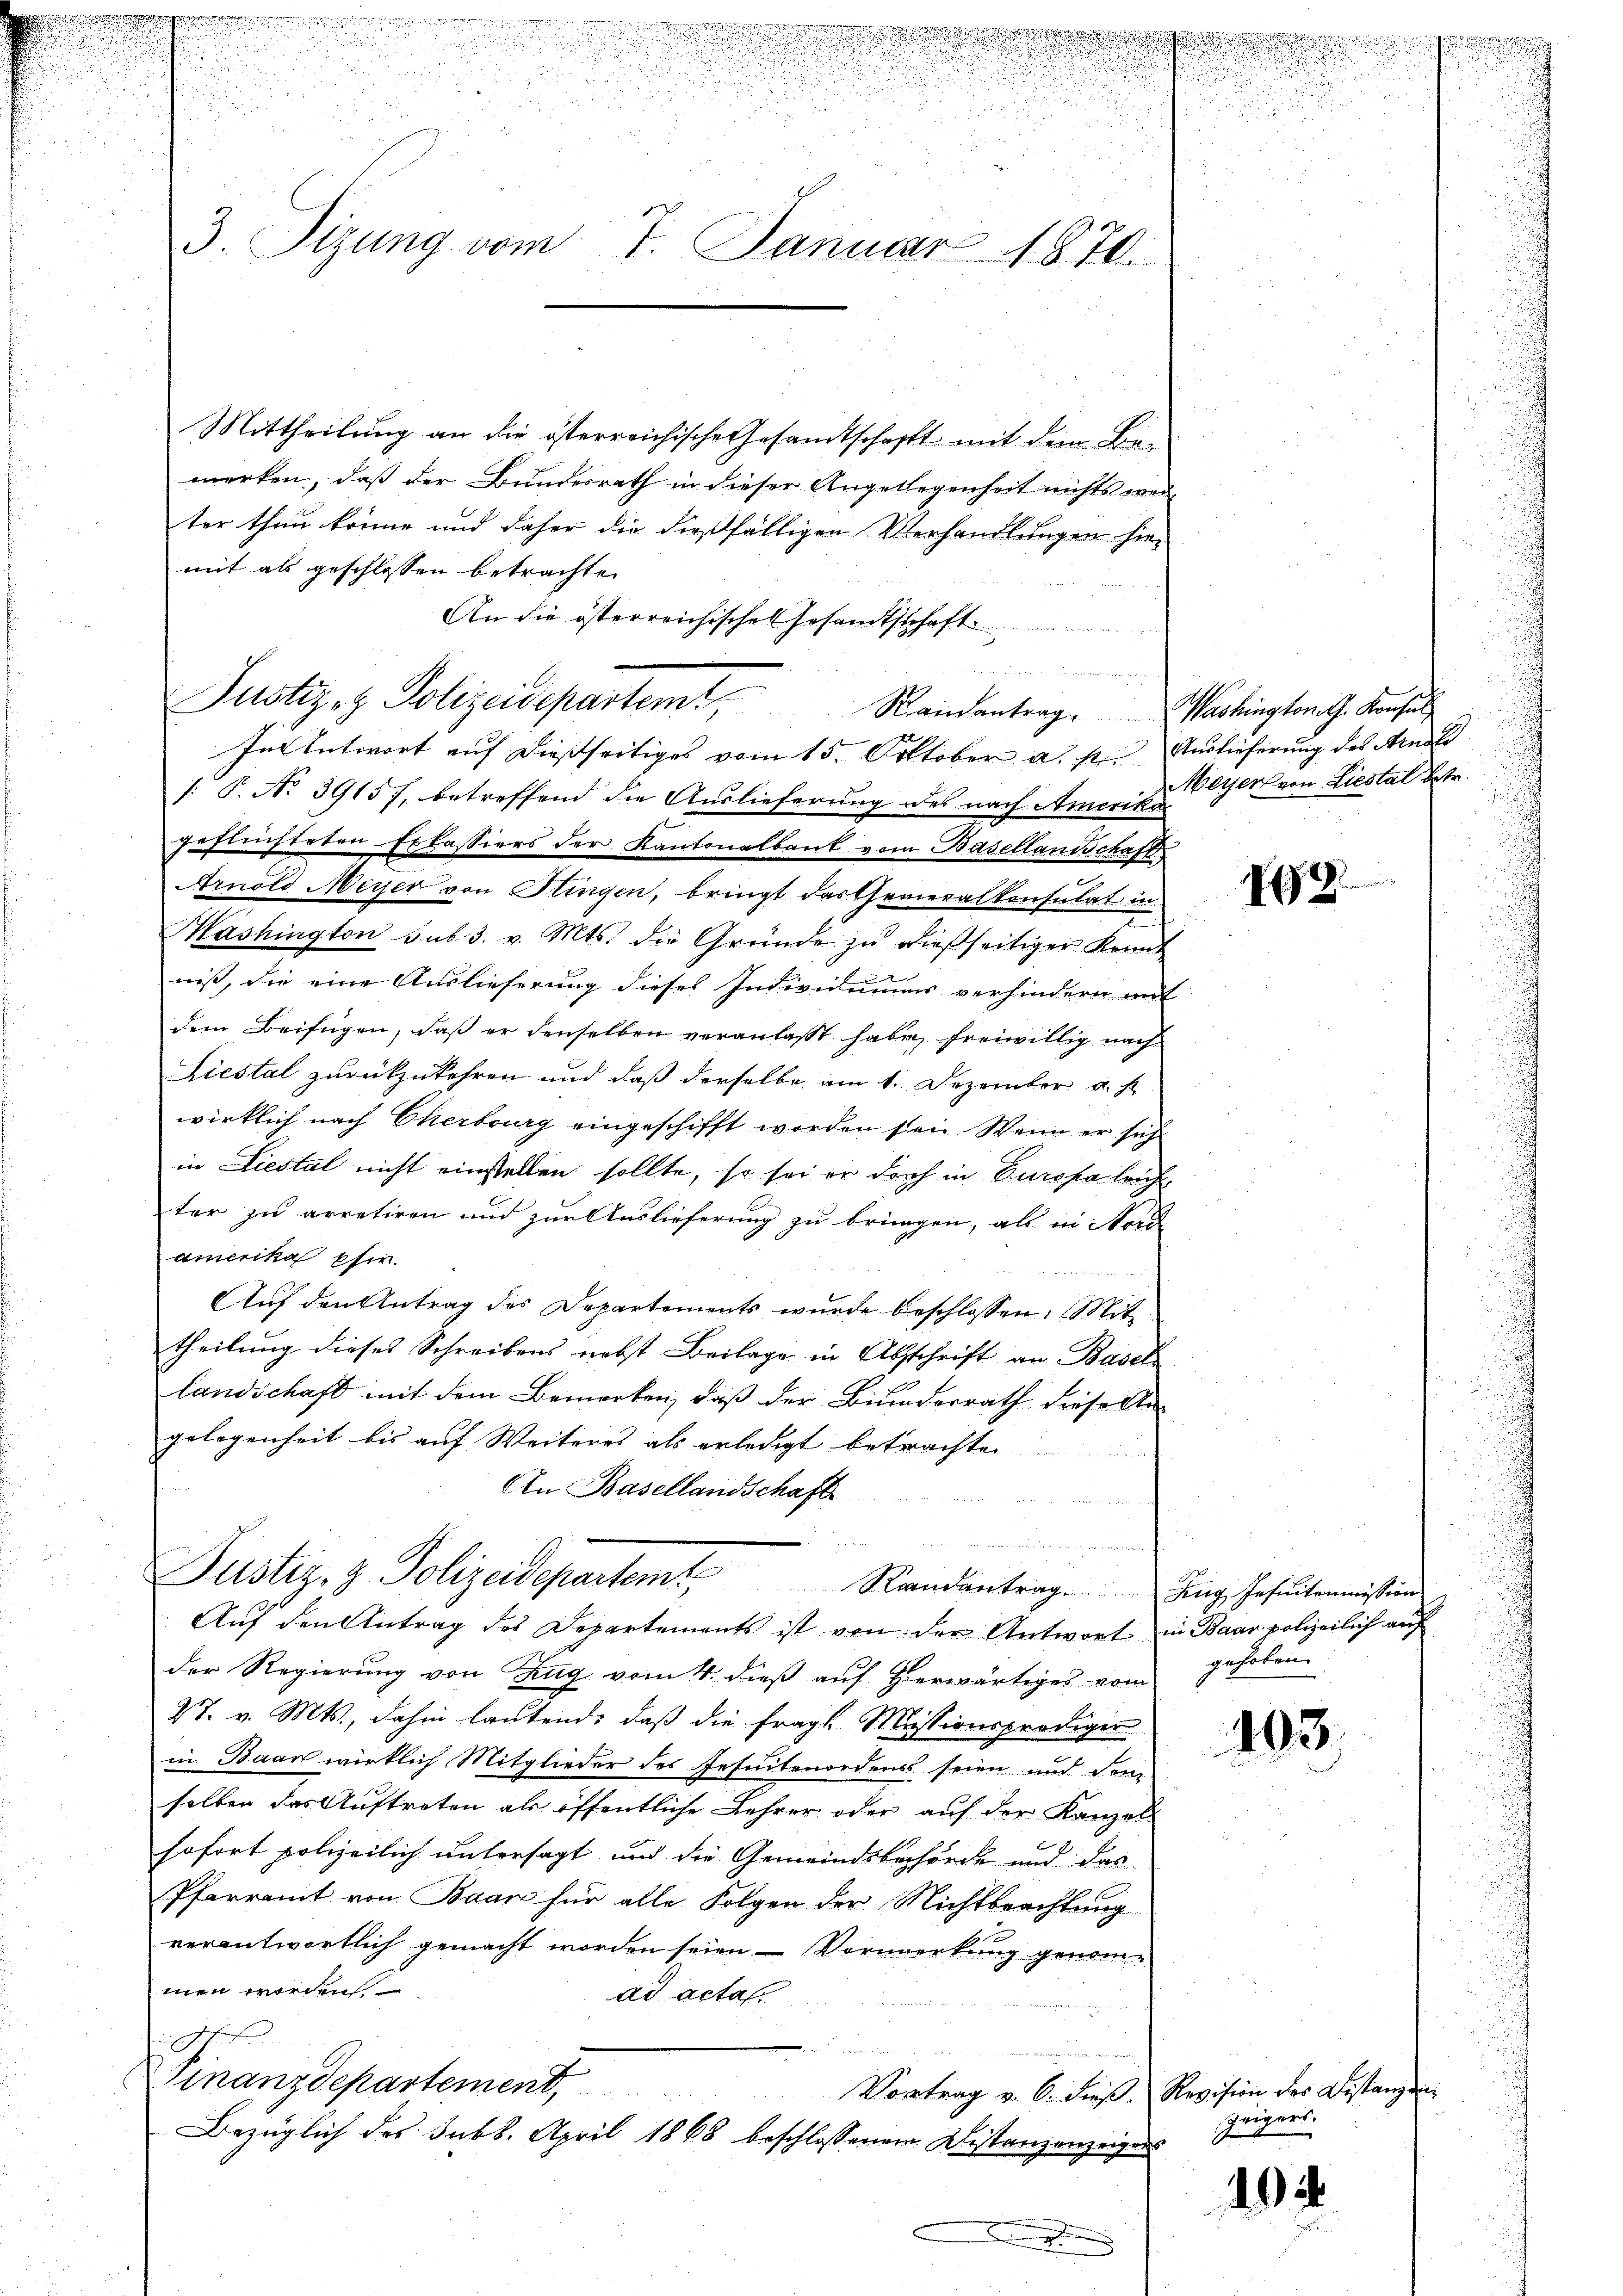
.

u
.
d

3. Sizung vom
7. Januar 1870.

Mittheilung an die österreichische Gesandtschafft mit dem Bemerken, daß der Bundesrath in dieser Angelegenheit nichts werd
ter thun könne und daher die dießfälligen Verhandlungen hiemit als geschlossen betrachte.
An die österreichischen Gesamtsschaft.

Justiz- & Polizeidepartemt,
In Antwort auf dießseitiges vom 15. Oktober a. s. Auslieferung des Arndte
: P. No 39157, betreffend die Auslieferung des nach Amerika
geflüchteten Erlassiers der Kantonalbank vom Basellandschaft
Arnold Meyer von Stingen, bringt das Thereralkonsulat in
Washington sub 3. v. Mts. die Gründe zŭ dießseitiger Kennt
niß, die eine Auslieferung dieses Individuums verhindern auf
dem Beifügen, daß er denselben veranlasst habe, freiwillig nach
Liestal zurückzukehren und daß derselbe am 1. Dezember u. s.
wirklich nach Cherburg eingeschifft worden sei. Wenn er sich
in Liestal nicht einstellen sollte, so sei er doch in Europa leichter zu arretiren und zur Auslieferung zu bringen, als in Nord
amerika phir.
Auf den Antrag des Departements wurde beschlossen: Mit
theilung dieses Schreibens nebst Beilage in Abschrift an Basel
landschaft mit dem Bemerken, daß der Binderrath diese Angelegenheit bis auf Weiteres als erledigt betrachten
An Basellandschaft

Justiz- & Polizeidepartemt, Randantrag. Zug, Joseitermission
Auf den Antrag des Departements ist von der Antwort in Baar polizeilich auf
der Regierung von Zug vom 4. dieß auf Hierwärtiges vom
27. v. Mts., dahin lautend, daß die fragt. Missionsprediger
in Baar wirklich Mitglieder des Gesuntenordens seien und den
selben das Auftreten als öffentliche Lehrer oder auf der Kanzel
sofort polizeilich untersagt und die Gemeindsbehörde und das
Pfarramt von Baar für alle Folgen der Nichtbeachtung
verantwortlich gemacht worden seien — Vormerkung genommen worden.
ad acta
G
Finanzdepartement,
Vortrag v. 6. dieβ. Revision des Distanzen
Bezüglich des Sub8. April 1868 beschlossenem Distanzenzeigens
.

ge
.

u

Randantrag. Washington G. Konsul,

|
Meyer von Liestal betr.

199.

gehoben.

403.

Zeigers.

102